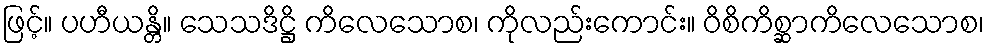
ဖြင့်။ ပဟီယန္တိ။ သေသဒိဋ္ဌိ ကိလေသောစ၊ ကိုလည်းကောင်း။ ဝိစိကိစ္ဆာကိလေသောစ၊